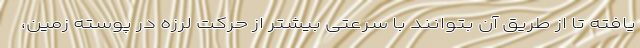
یافته تا از طریق آن بتوانند با سرعتی بیشتر از حرکت لرزه در پوسته زمین،